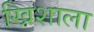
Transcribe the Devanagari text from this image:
खिशाला